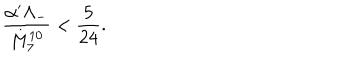
\frac { \alpha ^ { \prime } \Lambda _ { - } } { M _ { 7 } ^ { 1 0 } } < \frac { 5 } { 2 4 } .